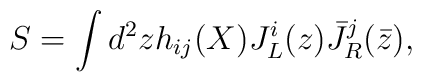
S=\int d^2 z h_{ij}(X)J^i_L(z){\bar J}^j_R({\bar z}),